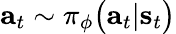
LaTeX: \mathbf{a}_{t}\sim\pi_{\phi}\big(\mathbf{a}_{t}|\mathbf{s}_{t}\big)